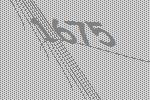
1675